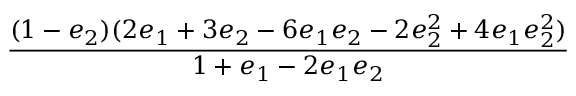
\displaystyle \frac { ( 1 - e _ { 2 } ) ( 2 e _ { 1 } + 3 e _ { 2 } - 6 e _ { 1 } e _ { 2 } - 2 e _ { 2 } ^ { 2 } + 4 e _ { 1 } e _ { 2 } ^ { 2 } ) } { 1 + e _ { 1 } - 2 e _ { 1 } e _ { 2 } }